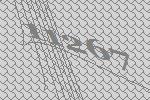
11267